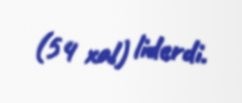
(54 xal) liderdi.